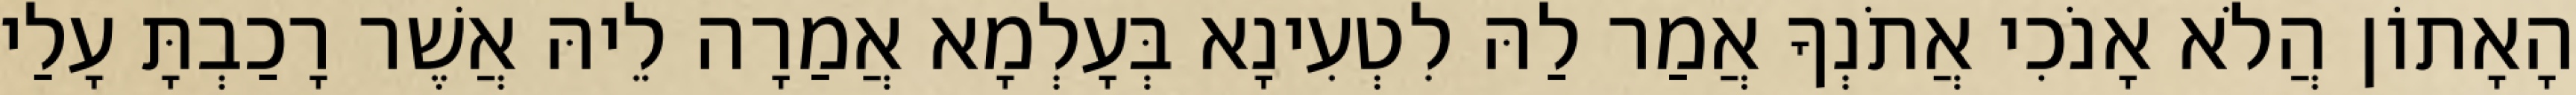
הָאָתוֹן הֲלֹא אָנֹכִי אֲתֹנְךָ אֲמַר לַהּ לִטְעִינָא בְּעָלְמָא אֲמַרָה לֵיהּ אֲשֶׁר רָכַבְתָּ עָלַי